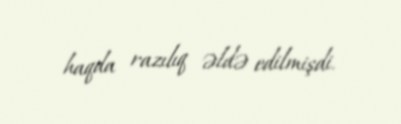
haqda razılıq əldə edilmişdi.